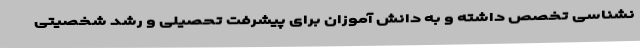
نشناسی تخصص داشته و به دانش آموزان برای پیشرفت تحصیلی و رشد شخصیتی